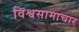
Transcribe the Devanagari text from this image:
विश्वसामाचार